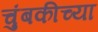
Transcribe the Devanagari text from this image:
चुंबकीच्या